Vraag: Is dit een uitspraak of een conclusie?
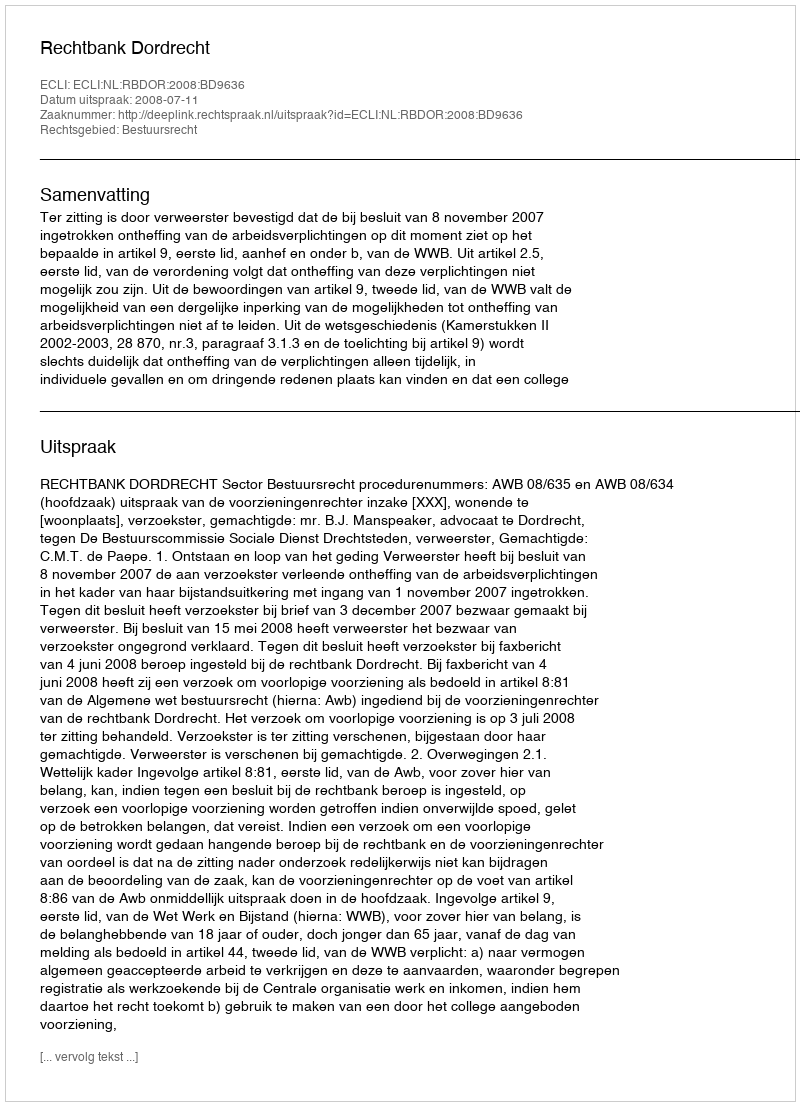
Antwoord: Uitspraak